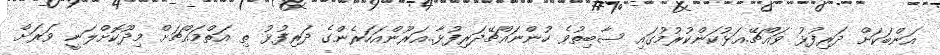
އަންބަކަށް ދަރިފުޅު ވައްޗޭ.އަޅުކަންކުރުމުގައި ސާބިތުވެ ހުންނައްޗޭދަރިފުޅާ..އަރޫންއަހަރެންގެ ދަރިފުޅު ތި އަތްމައްޗަށް މިދޫކޮށްލަނީ ވަރަށް